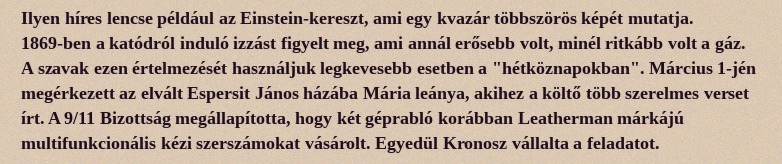
Ilyen híres lencse például az Einstein-kereszt, ami egy kvazár többszörös képét mutatja. 1869-ben a katódról induló izzást figyelt meg, ami annál erősebb volt, minél ritkább volt a gáz. A szavak ezen értelmezését használjuk legkevesebb esetben a "hétköznapokban". Március 1-jén megérkezett az elvált Espersit János házába Mária leánya, akihez a költő több szerelmes verset írt. A 9/11 Bizottság megállapította, hogy két géprabló korábban Leatherman márkájú multifunkcionális kézi szerszámokat vásárolt. Egyedül Kronosz vállalta a feladatot.